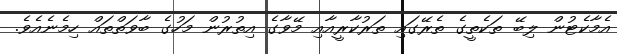
އެމާކެޓުން ލިބޭ ތަކެތީގެ ތެރޭގައި ތަރުކާރީއާއި މޭވާގެ އިތުރުން މަހުގެ ބާވަތްތައް ހިމެނެއެވެ.